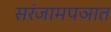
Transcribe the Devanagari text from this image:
सरंजामपञात